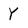
Character: Y